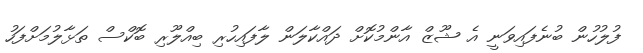
ފުލުހުން ބުނެފައިވަނީ އެ ޝޫޒް އާންމުކޮށް ދައްކާލަން ލާފައިހުރި ބިއްލޫރި ބޮކްސް ތަޅާލުމަށްފަހު